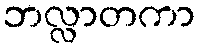
ဘလ္လာတကာ